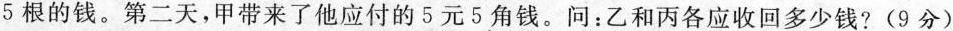
5根的钱。第二天，甲带来了他应付的5元5角钱。问：乙和丙各应收回多少钱?(9分)